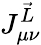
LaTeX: J_{\mu\nu}^{\vec{L}}